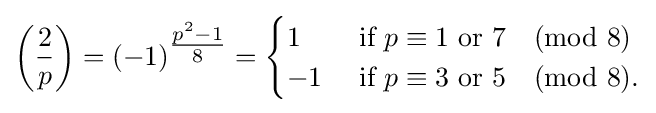
\left({\frac {2}{p}}\right)=(-1)^{\tfrac {p^{2}-1}{8}}={\begin{cases}1&{\mbox{ if }}p\equiv 1{\mbox{ or }}7{\pmod {8}}\\-1&{\mbox{ if }}p\equiv 3{\mbox{ or }}5{\pmod {8}}.\end{cases}}